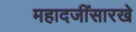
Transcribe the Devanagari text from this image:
महादजींसारखे